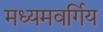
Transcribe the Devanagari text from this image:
मध्यमवर्गिय